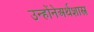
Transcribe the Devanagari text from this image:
उन्होंनेअर्थशास्त्र